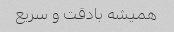
همیشه بادقت و سریع